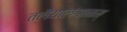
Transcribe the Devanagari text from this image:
तलैयालंगानम्